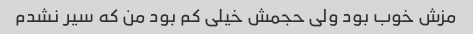
مزش خوب بود ولی حجمش خیلی کم بود من که سیر نشدم